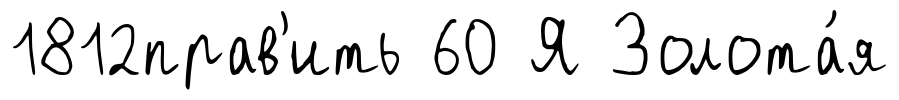
1812прав'ить 60 Я Золота́я